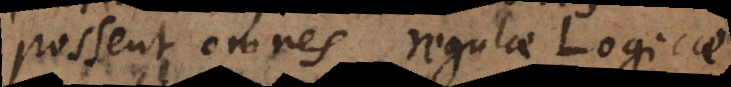
possent omnes regulae Logicae